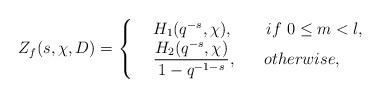
LaTeX: \begin{align*}Z_f(s, \chi, D)={\left\{\begin{array}{rl}&H_1(q^{-s}, \chi),\ \ \ \ \ \ if \ 0\le m<l,\\&\dfrac{H_2(q^{-s}, \chi)}{1-q^{-1-s}},\ \ \ \ \ otherwise, \end{array}\right.}\end{align*}